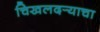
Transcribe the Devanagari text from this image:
चिखलदर्‍याचा